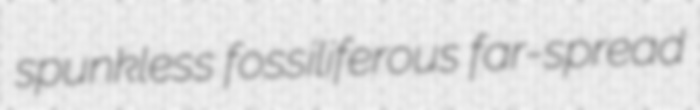
spunkless fossiliferous far-spread